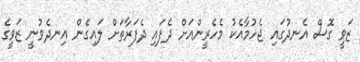
ޒަވީ ގޮސް އެނދުގައި ޖެހުމާއެކު މެހެރީންއަށް ދެފައި ދެފަރާތަށް ލައިގެން އިނދެވުނީ ޒަވީގެ